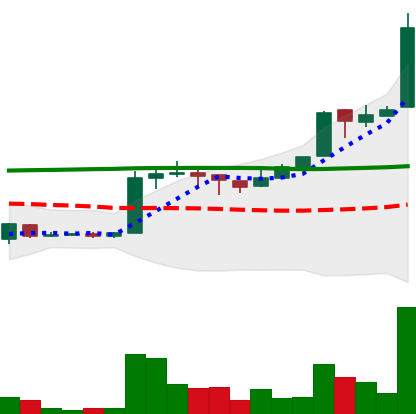
Ticker: EOS-USD
Chart end date: 2018-04-24
Forward return: 40.741%
Label: up_7plus